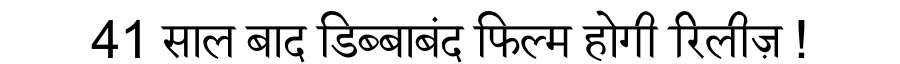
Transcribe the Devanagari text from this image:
41 साल बाद डिब्बाबंद फिल्म होगी रिलीज़ !